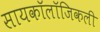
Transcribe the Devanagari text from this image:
सायकॉलॉजिकली